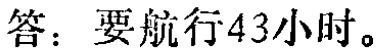
答：要航行43小时。